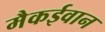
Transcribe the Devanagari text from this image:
मैकईवान